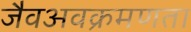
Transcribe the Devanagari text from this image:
जैवअवक्रमणता